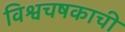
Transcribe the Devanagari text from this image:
विश्वचषकाची